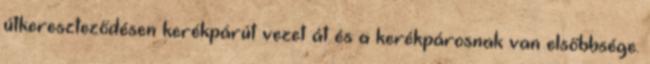
útkereszteződésen kerékpárút vezet át és a kerékpárosnak van elsőbbsége.